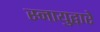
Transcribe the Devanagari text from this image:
स्नायुद्वारे